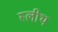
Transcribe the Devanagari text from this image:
स्लीथ